Report of the Indian Hemp Drugs Commission, 1894-1895 - Volume VI
Year: 1894
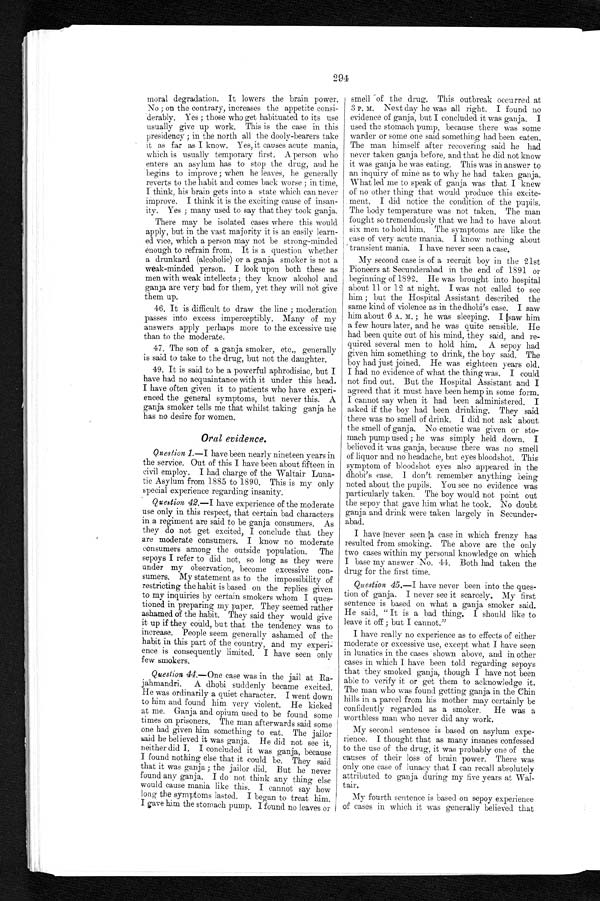
294
moral degradation. It lowers the brain power.
No; on the contrary, increases the appetite consi
-derably. Yes; those who get habituated to its use
usually give up work. This is the case in this
presidency; in the north all the dooly-bearers take
it as far as I know. Yes, it causes acute mania,
which is usually temporary first. A person who
enters an asylum has to stop the drug, and he
begins to improve; when he leaves, he generally
reverts to the habit and comes back worse; in time,
I think, his brain gets into a state which can never
improve. I think it is the exciting cause of insan
-ity. Yes; many used to say that they took ganja.
There may be isolated cases where this would
apply, but in the vast majority it is an easily learn
-ed vice, which a person may not be strong-minded
enough to refrain from. It is a question whether
a drunkard (alcoholic) or a ganja smoker is not a
weak-minded person. I look upon both these as
men with weak intellects; they know alcohol and
ganja are very bad for them, yet they will not give
them up.
46. It is difficult to draw the line; moderation
passes into excess imperceptibly. Many of my
answers apply perhaps more to the excessive use
than to the moderate.
47. The son of a ganja smoker, etc., generally
is said to take to the drug, but not the daughter.
49. It is said to be a powerful aphrodisiac, but I
have had no acquaintance with it under this head.
I have often given it to patients who have experi
-enced the general symptoms, but never this. A
ganja smoker tells me that whilst taking ganja he
has no desire for women.
Oral evidence.
Question 1. — I have been nearly nineteen years in
the service. Out of this I have been about fifteen in
civil employ. I had charge of the Waltair Luna
-tic Asylum from 1885 to 1890. This is my only
special experience regarding insanity.
Question 42.— I have experience of the moderate
use only in this respect, that certain bad characters
in a regiment are said to be ganja consumers. As
they do not get excited, I conclude that they
are moderate consumers. I know no moderate
consumers among the outside population. The
sepoys I refer to did not, so long as they were
under my observation, become excessive con-
sumers. My statement as to the impossibility of
restricting the habit is based on the replies given
to my inquiries by certain smokers whom I ques
-tioned in preparing my paper. They seemed rather
ashamed of the habit. They said they would give
it up if they could, but that the tendency was to
increase. People seem generally ashamed of the
habit in this part of the country, and my experi
-nce is consequently limited. I have seen only
few smokers.
Question 44.—One case was in the jail at Ra
-jahmandri. A dhobi suddenly became excited.
He was ordinarily a quiet character. I went down
to him and found him very violent. He kicked
at me. Ganja and opium used to be found some
times on prisoners. The man afterwards said some
one had given him something to eat. The jailor
said lie believed it was ganja. He did not see it,
neither did I. I concluded it was ganja, because
I found nothing else that it could be. They said
that it was ganja; the jailor did. But he never
found any ganja. I do not think any thing else
would cause mania like this. I cannot say how
long the symptoms lasted. I began to treat him.
I gave him the stomach pump. I found no leaves or
smell -of the drug. This outbreak occurred at
3 P. M. Next day he was all right. I found no
evidence of ganja, but I concluded it was ganja. I
used the stomach pump, because there was some
warder or some one said something had been eaten.
The man himself after recovering said he had
never taken ganja before, and that he did not know
it was ganja he was eating. This was in answer to
an inquiry of mine as to why he had taken ganja.
What led me to speak of ganja was that I knew
of no other thing that would produce this excite
- m e n t . I d i d n o t i c e t h e c o n d i t i o n o f t h e p u p i l s .
The body temperature was not taken. The man
fought so tremendously that we had to have about
six men to hold him. The symptoms are like the
case of very acute mania. I know nothing about
transient mania. I have never seen a case.
My second case is of a recruit boy in the 21st
Pioneers at Secunderabad in the end of 1891 or
beginning of 1892. He was brought into hospital
about 11 or 12 at night. I was not called to see
him; but the Hospital Assistant described the
same kind of violence as in the dhobi's case. I saw
him about 6 A. M.; he was sleeping. I saw him
a few hours later, and he was quite sensible. He
had been quite out of his mind, they said, and re
-quired several men to hold him. A sepoy had
given him something to drink, the boy said. The
boy had just joined. He was eighteen years old.
I had no evidence of what the thing was. I could
not find out. But the Hospital Assistant and I
agreed that it must have been hemp in some form.
I cannot say when it had been administered. I
asked if the boy had been drinking. They said
there was no smell of drink. I did not ask about
the smell of ganja. No emetic was given or sto
-mach pump used; he was simply held down. I
believed it was ganja, because there was no smell
of liquor and no headache, but eyes bloodshot. This
symptom of bloodshot eyes also appeared in the
dhobi's case. I don't remember anything being
noted about the pupils. You see no evidence was
particularly taken. The boy would not point out
the sepoy that gave him what he took. No doubt
ganja and drink were taken largely in Secunder
-abad.
I have never seen a case in which frenzy has
resulted from smoking. The above are the only
two cases within my personal knowledge on which
I base my answer No. 44. Both had taken the
drug for the first time.
Question 45.—I have never been into the ques
-tion of ganja. I never see it scarcely. My first
sentence is based on what a ganja smoker said.
He said,"It is a bad thing. I should like to
leave-it-off; but
I c a n n o t . " .
I have really no experience as to effects of either
moderate or excessive use, except what I have seen
in lunatics in the cases • shown above, and in other
cases in which I have been told regarding sepoys
that they smoked ganja, though I have not been
able to verify it or get them to acknowledge it.
The man who was found getting ganja in the Chin
hills in a parcel from his mother may certainly be
confidently regarded as a smoker. He was a
worthless man who never did any work.
My second sentence is based on asylum expe
-rience. I thought that as many insanes confessed
to the use of the drug, it was probably one of the
causes of their loss of brain power. There was
only one case of lunacy that I can recall absolutely
attributed to ganja during my five years at Wal
-tair.
My fourth sentence is based on sepoy experience
of cases in which it was generally believed that